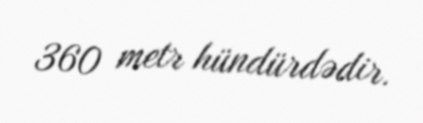
360 metr hündürdədir.